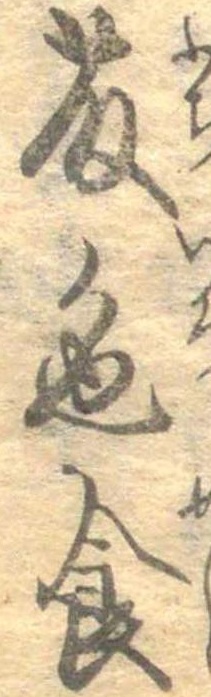
藤色食